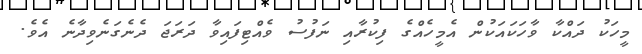
މީހަކު ދައްކާ ވާހަކައަކުން އެމީހެއްގެ ފިކުރާއި ނަފުސު ވެއްޓިފައިވާ ދަރަޖަ ދެނެގަނެވިދާނެ އެވެ.